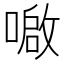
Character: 𫫤